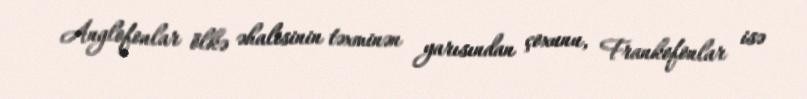
Anglofonlar ölkə əhalisinin təxminən yarısından çoxunu, Frankofonlar isə